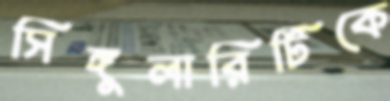
সিঙ্গুলারিটিকে